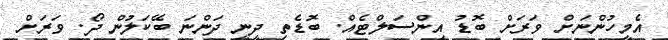
އެމީހުންނަށް ވަރަށް ބޮޑު އިންސަލްޓެއް. ބޮޑެތި ދީނީ ދަންނަ ބޭކަލުން ދޯ. ވަރަށް